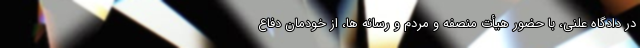
در دادگاه علنی، با حضور هیأت منصفه و مردم و رسانه ها، از خودمان دفاع